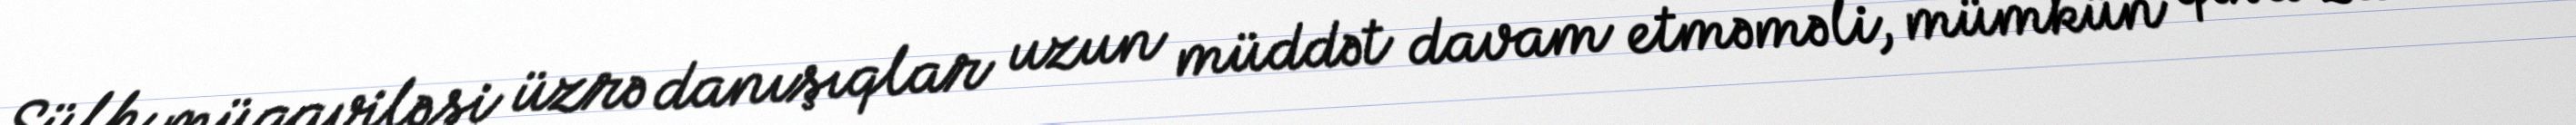
Sülh müqaviləsi üzrə danışıqlar uzun müddət davam etməməli, mümkün qısa zaman